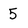
Character: 5